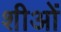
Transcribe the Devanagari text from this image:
शीओं